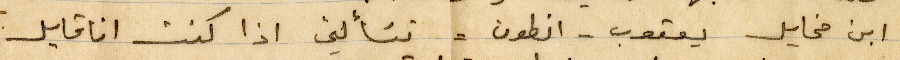
ابن مخايل يعقوب - أنطون - تسألني اذا كنت انا قايل